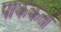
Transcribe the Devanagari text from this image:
पाककर्ता